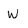
Character: W